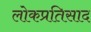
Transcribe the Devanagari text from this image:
लोकप्रतिसाद